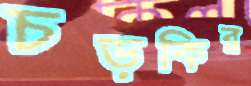
চড়কির